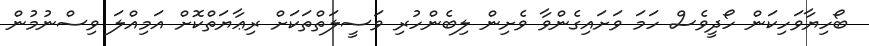
ބޯހިޔާވަހިކަން ހޯދީވެސް ހަމަ ވަށައިގެންވާ ވެށިން ލިބެންހުރި ވަސީލަތްތަކަށް ރިޢާޔަތްކޮށް އަމިއްލަ ވިސްނުމުން